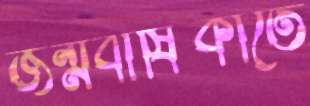
জন্মবার্ষিকীতে